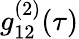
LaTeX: g_{12}^{(2)}(\tau)